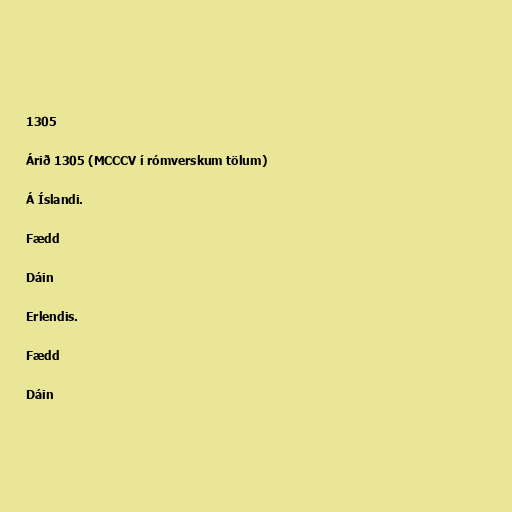
1305

Árið 1305 (MCCCV í rómverskum tölum)

Á Íslandi.

Fædd

Dáin

Erlendis.

Fædd

Dáin